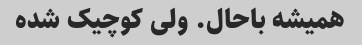
همیشه باحال. ولی کوچیک شده